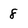
Character: 8